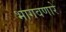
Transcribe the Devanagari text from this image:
भागवणारे